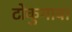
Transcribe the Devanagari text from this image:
टोकुगावा